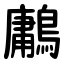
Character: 鷛